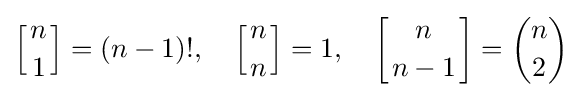
\left[{n \atop 1}\right]=(n-1)!,\quad \left[{n \atop n}\right]=1,\quad \left[{n \atop n-1}\right]={n \choose 2}